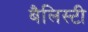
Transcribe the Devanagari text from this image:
बैलिस्टी